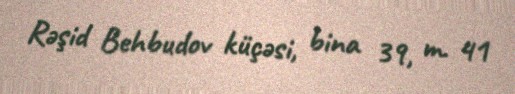
Rəşid Behbudov küçəsi, bina 39, m. 41